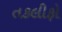
તકલીફો